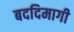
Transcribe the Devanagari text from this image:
बददिमागी